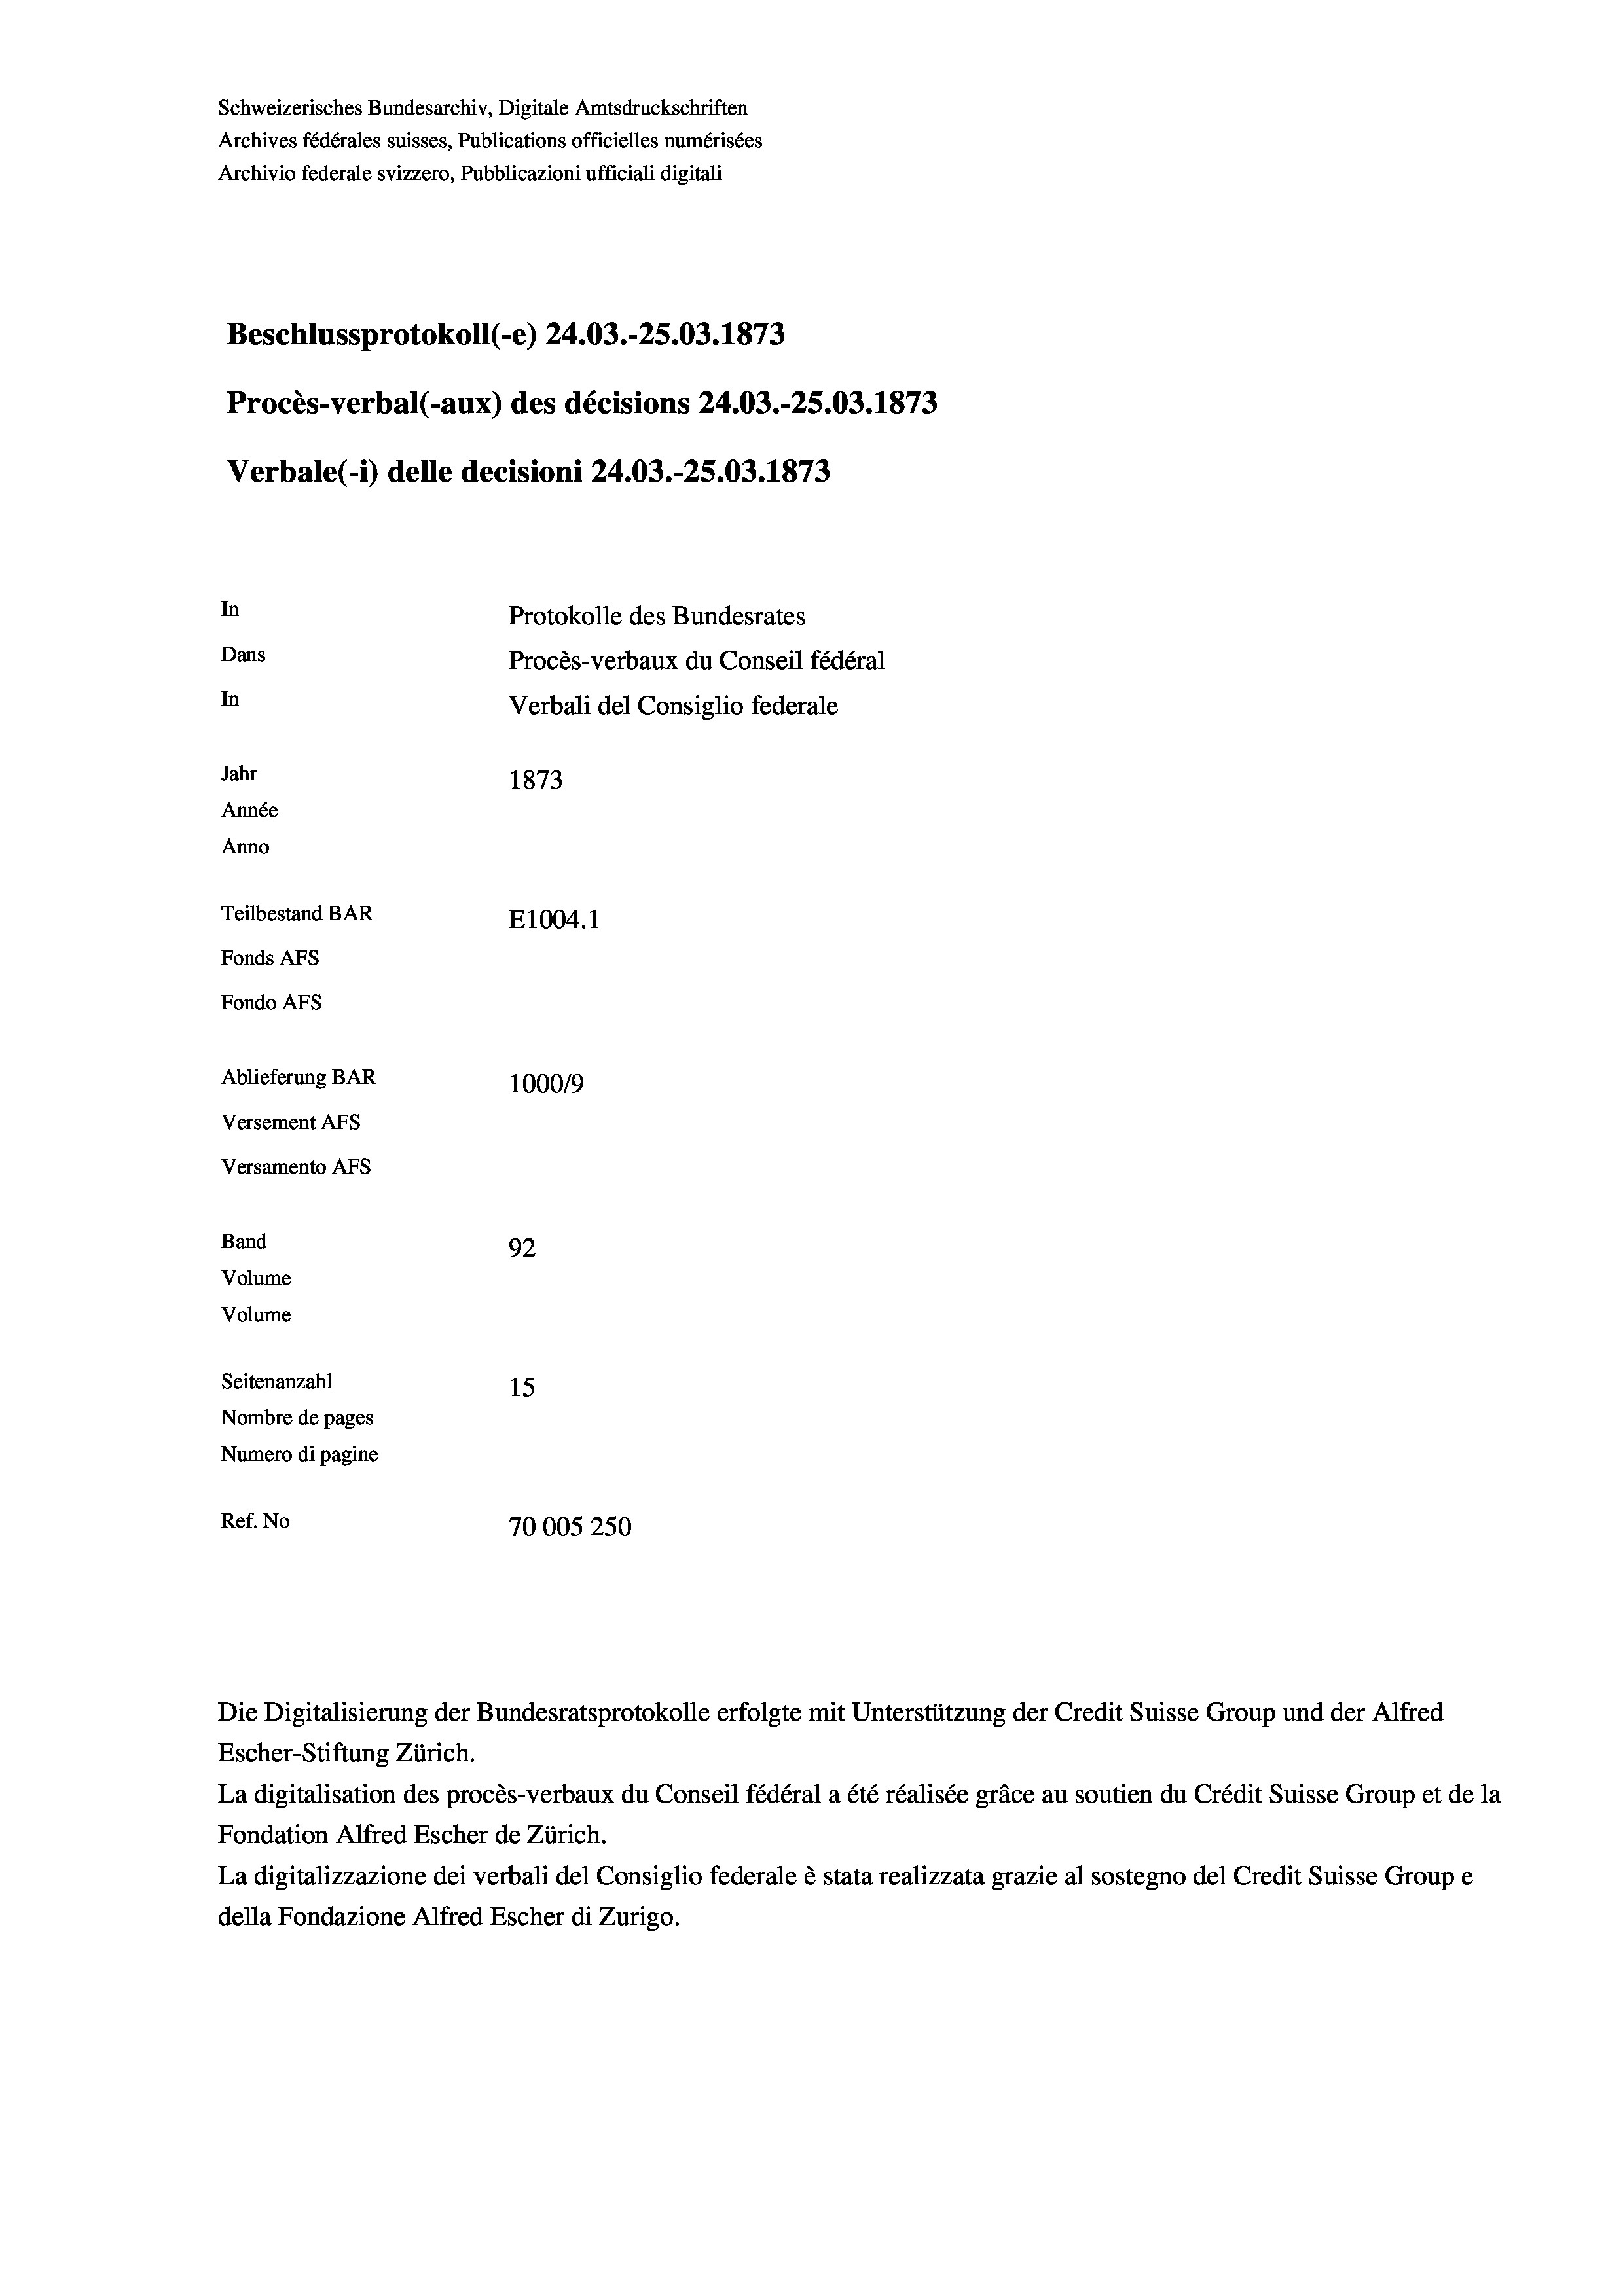
Schweizerisches Bundesarchiv, Digitale Amtsdruckschriften
Archives fédérales suisses, Publications officielles numérisées
Archivio federale svizzero, Pubblicazioni ufficiali digitali
Beschlussprotokoll (-e) 24.03.-25.03. 1873
Procès-verbal (-aux) des décisions 24.03.-25.03. 1873
Verbale (i) delle decisioni 24.03.-25.03. 1873
In
Protokolle des Bundesrates
Dans
Procès-verbaux du Conseil fédéral
In
Verbali del Consiglio federale
Jahr
1873
Année
Anno
Teilbestand BAR
E1004. 1
Fonds AFs
Fondo Afs
Ablieferung BAR
100019
Versement AFs
Versamento AFs
Band
92
Volume
Volume
Seitenanzahl
15

Nombre de pages
Numero di pagine
Ref. No
70005250

Escher-Stiftung Zürich.
La digitalisation des procès-verbaux du Conseil fédéral a été réalisée gräce au soutien du Crédit Suisse Group et de la
Fondation Alfred Escher de Zürich.
La digitalizzazione dei verbali del Consiglio federale è stata realizzata grazie al sostegno del Credit Suisse Groupe
della Fondazione Alfred Escher di Zurigo.

Die Digitalisierung der Bundesratsprotokolle erfolgte mit Unterstützung der Credit Suisse Group und der Alfred